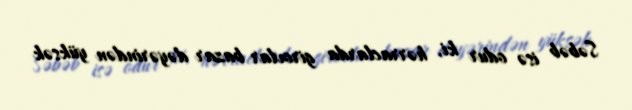
Səbəb isə odur ki, hərraclarda girovlar bazar dəyərindən yüksək